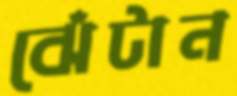
ঝেঁটান